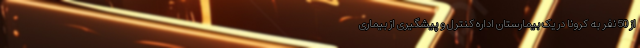
از 50 نفر به کرونا در یک بیمارستان اداره کنترل و پیشگیری از بیماری